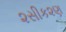
૨સીક૨ણ